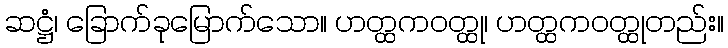
ဆဋ္ဌံ၊ ခြောက်ခုမြောက်သော။ ဟတ္ထကဝတ္ထု၊ ဟတ္ထကဝတ္ထုတည်း။